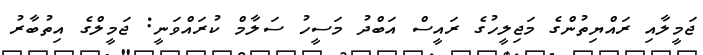
ޖަމީލާއި ރައްޔިތުންގެ މަޖިލީހުގެ ރައީސް އަބްދު މަސީހު ސަލާމް ކުރައްވަނީ: ޖަމީލްގެ އިތުބާރު